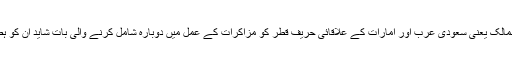
دوسرا دونوں ممالک یعنی سعودی عرب اور امارات کے علاقائی حریف قطر کو مزاکرات کے عمل میں دوبارہ شامل کرنے والی بات شاید ان کو ہضم نہ ہوسکے۔